Annual administration report of the Civil Veterinary Department of India - 1896-1897
Year: 1896
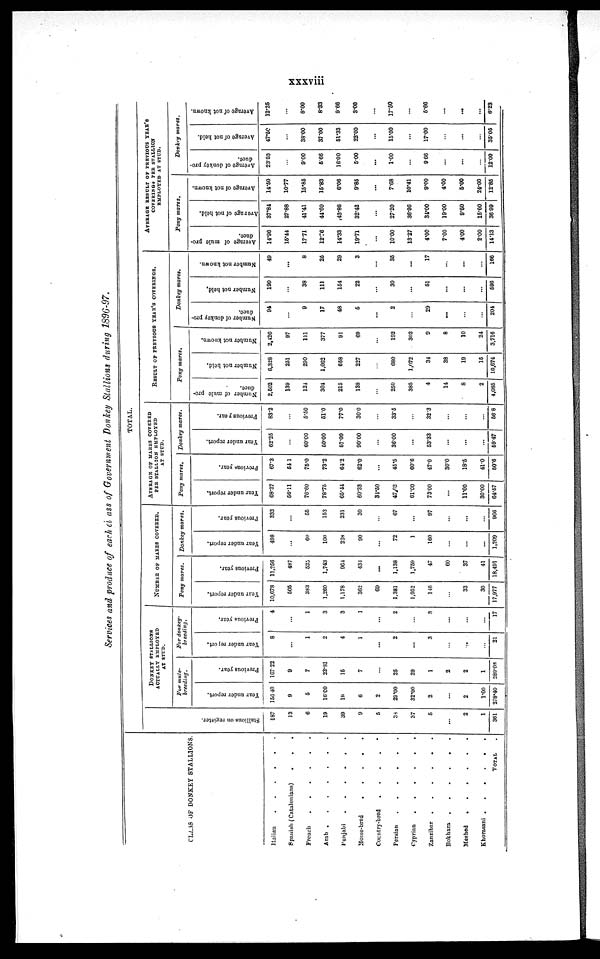
xxxviii
Services and produce of each class of Government Donkey Stallions during 1896-97.
CLASS OF DONKEY STALLIONS.
Italian
.
.
.
.
.
.
Spanish (Catalonians)
.
.
.
French
.
.
.
.
.
.
Arab
.
.
.
.
.
.
.
Punjabi
.
.
.
.
.
.
Home-bred
.
.
.
.
.
Country-bred
.
.
.
.
.
Persian
.
.
.
.
.
.
Cyprian
.
.
.
.
.
.
Zanzibar
.
.
.
.
.
.
Rokhara
.
.
.
.
.
.
Meshed
.
.
.
.
.
.
Khorasani
.
.
.
.
.
.
TOTAL
Stallions on register.
187
13
6
19
39
9
5
38
37
5
...
2
1
361
DONKEY STALLIONS
ACTUALLY EMPLOYED
AT STUD.
For mule-
breeding.
Year under report.
150.40
9
5
16.00
18
6
2
29.00
32.00
2
...
2
1.00
278.40
Previous year.
167.22
9
7
23.81
15
7
...
25
29
1
2
2
1
289.08
For donkey-
breeding.
Year under report.
8
...
1
2
4
1
...
2
...
3
...
...
...
21
Previous year.
4
...
1
3
3
1
...
2
...
3
...
...
...
17
NUMBER OF MARES COVERED.
Pony mares.
Year under report.
10,678
505
383
1,260
1,178
362
69
1,381
1,952
146
...
33
30
17,977
Previous year.
11,256
487
525
1,743
964
434
...
1,138
1,759
47
60
37
41
18,491
Donkey mares.
Year under report.
498
...
60
100
228
90
...
72
1
160
...
...
...
1,209
Previous year.
333
...
55
153
231
30
...
67
...
97
...
...
...
966
TOTAL.
AVERAGE OF MARKS COVERED
PER STALLION EMPLOYED
AT STUD.
Pony mares.
Year under report.
68.27
56.11
76.60
78.75
65.44
60.33
34.50
47.62
61.00
73.00
...
11.00
30.00
64.57
Previous year.
67.3
54.1
75.0
73.2
64.2
62.0
...
45.5
60.6
47.0
30.0
18.5
41.0
50.6
Donkey mares.
Year under report.
62.25
...
60.00
60.00
57.00
90.00
...
36.00
...
53.33
...
...
...
59.47
Previous year.
83.2
...
5.50
51.0
77.0
30.0
...
33.5
...
32.3
...
...
...
56.8
RESULT OF PREVIOUS YEAR'S COVERINGS.
Pony mares.
Number of mule pro-
duce.
2,502
139
124
304
215
138
...
250
385
4
14
8
2
4,085
Number not held.
6,328
251
290
1,062
658
227
...
680
1,072
34
38
19
15
10,674
Number not known.
2,426
97
111
377
91
69
...
192
302
9
8
10
24
3,716
Donkey mares.
Number
of donkey pro-
duce,
94
...
9
17
48
6
...
2
...
29
...
...
...
204
Number not held,
190
...
38
111
154
22
...
30
...
51
...
...
...
596
Number not known.
49
...
8
25
29
3
...
35
...
17
...
...
...
166
AVERAGE RESULT OF PREVIOUS YEAR'S
COVERINGS PER STALLION
EMPLOYED AT STUD.
Pony mares.
Average of mule pro-
duce.
14.96
15.44
17.71
12.76
14.33
19.71
...
10.00
13.27
4.00
7.00
4.00
2.00
14.13
Average of not held.
37.84
27.88
41.41
44.60
43.86
32.42
...
27.20
36.96
34.00
19.00
9.50
15.00
36.99
Average of not known.
14.60
10.77
15.85
15.83
6.06
9.85
...
7.68
10.41
9.00
4.00
5.00
24.00
12.85
Donkey mares.
Average of donkey pro-
duce.
23.50
...
9.00
5.66
16.00
5.00
...
1.00
...
9.66
...
...
...
12.00
Average of not held.
47.50
...
38.00
37.00
51.33
22.00
...
15.00
...
17.00
...
...
...
35.05
Average of not known,
12.25
...
8.00
8.33
9.66
3.00
...
17.50
...
5.66
...
...
...
6.23